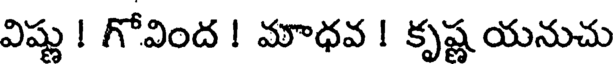
విష్ణు ! గోవింద ! మాధవ ! కృష్ణ యనుచు